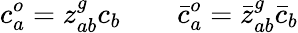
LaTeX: c_{a}^{o}=z_{ab}^{g}c_{b}\qquad\bar{c}_{a}^{o}=\bar{z}_{ab}^{g}\bar{c}_{b}